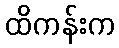
ထိကန်းက